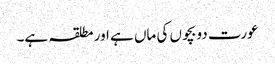
عورت دو بچوں کی ماں ہے اور مطلقہ ہے۔